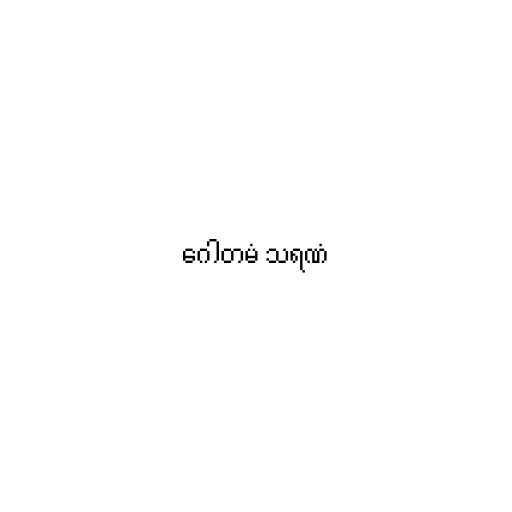
ဂေါတမံ သရဏံ